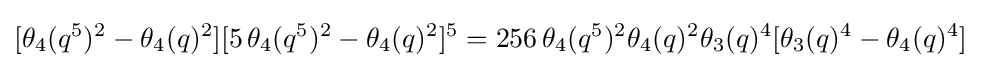
[\theta _{4}(q^{5})^{2}-\theta _{4}(q)^{2}][5\,\theta _{4}(q^{5})^{2}-\theta _{4}(q)^{2}]^{5}=256\,\theta _{4}(q^{5})^{2}\theta _{4}(q)^{2}\theta _{3}(q)^{4}[\theta _{3}(q)^{4}-\theta _{4}(q)^{4}]